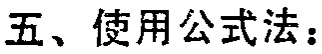
五、使用公式法：